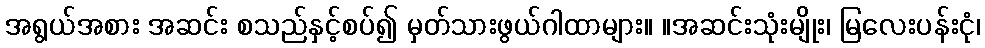
အရွယ်အစား အဆင်း စသည်နှင့်စပ်၍ မှတ်သားဖွယ်ဂါထာများ။ ။အဆင်းသုံးမျိုး၊ မြလေးပန်းငုံ၊